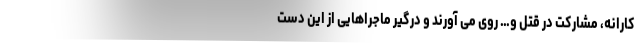
کارانه، مشارکت در قتل و… روی می آورند و درگیر ماجراهایی از این دست